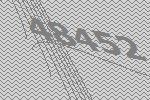
48452